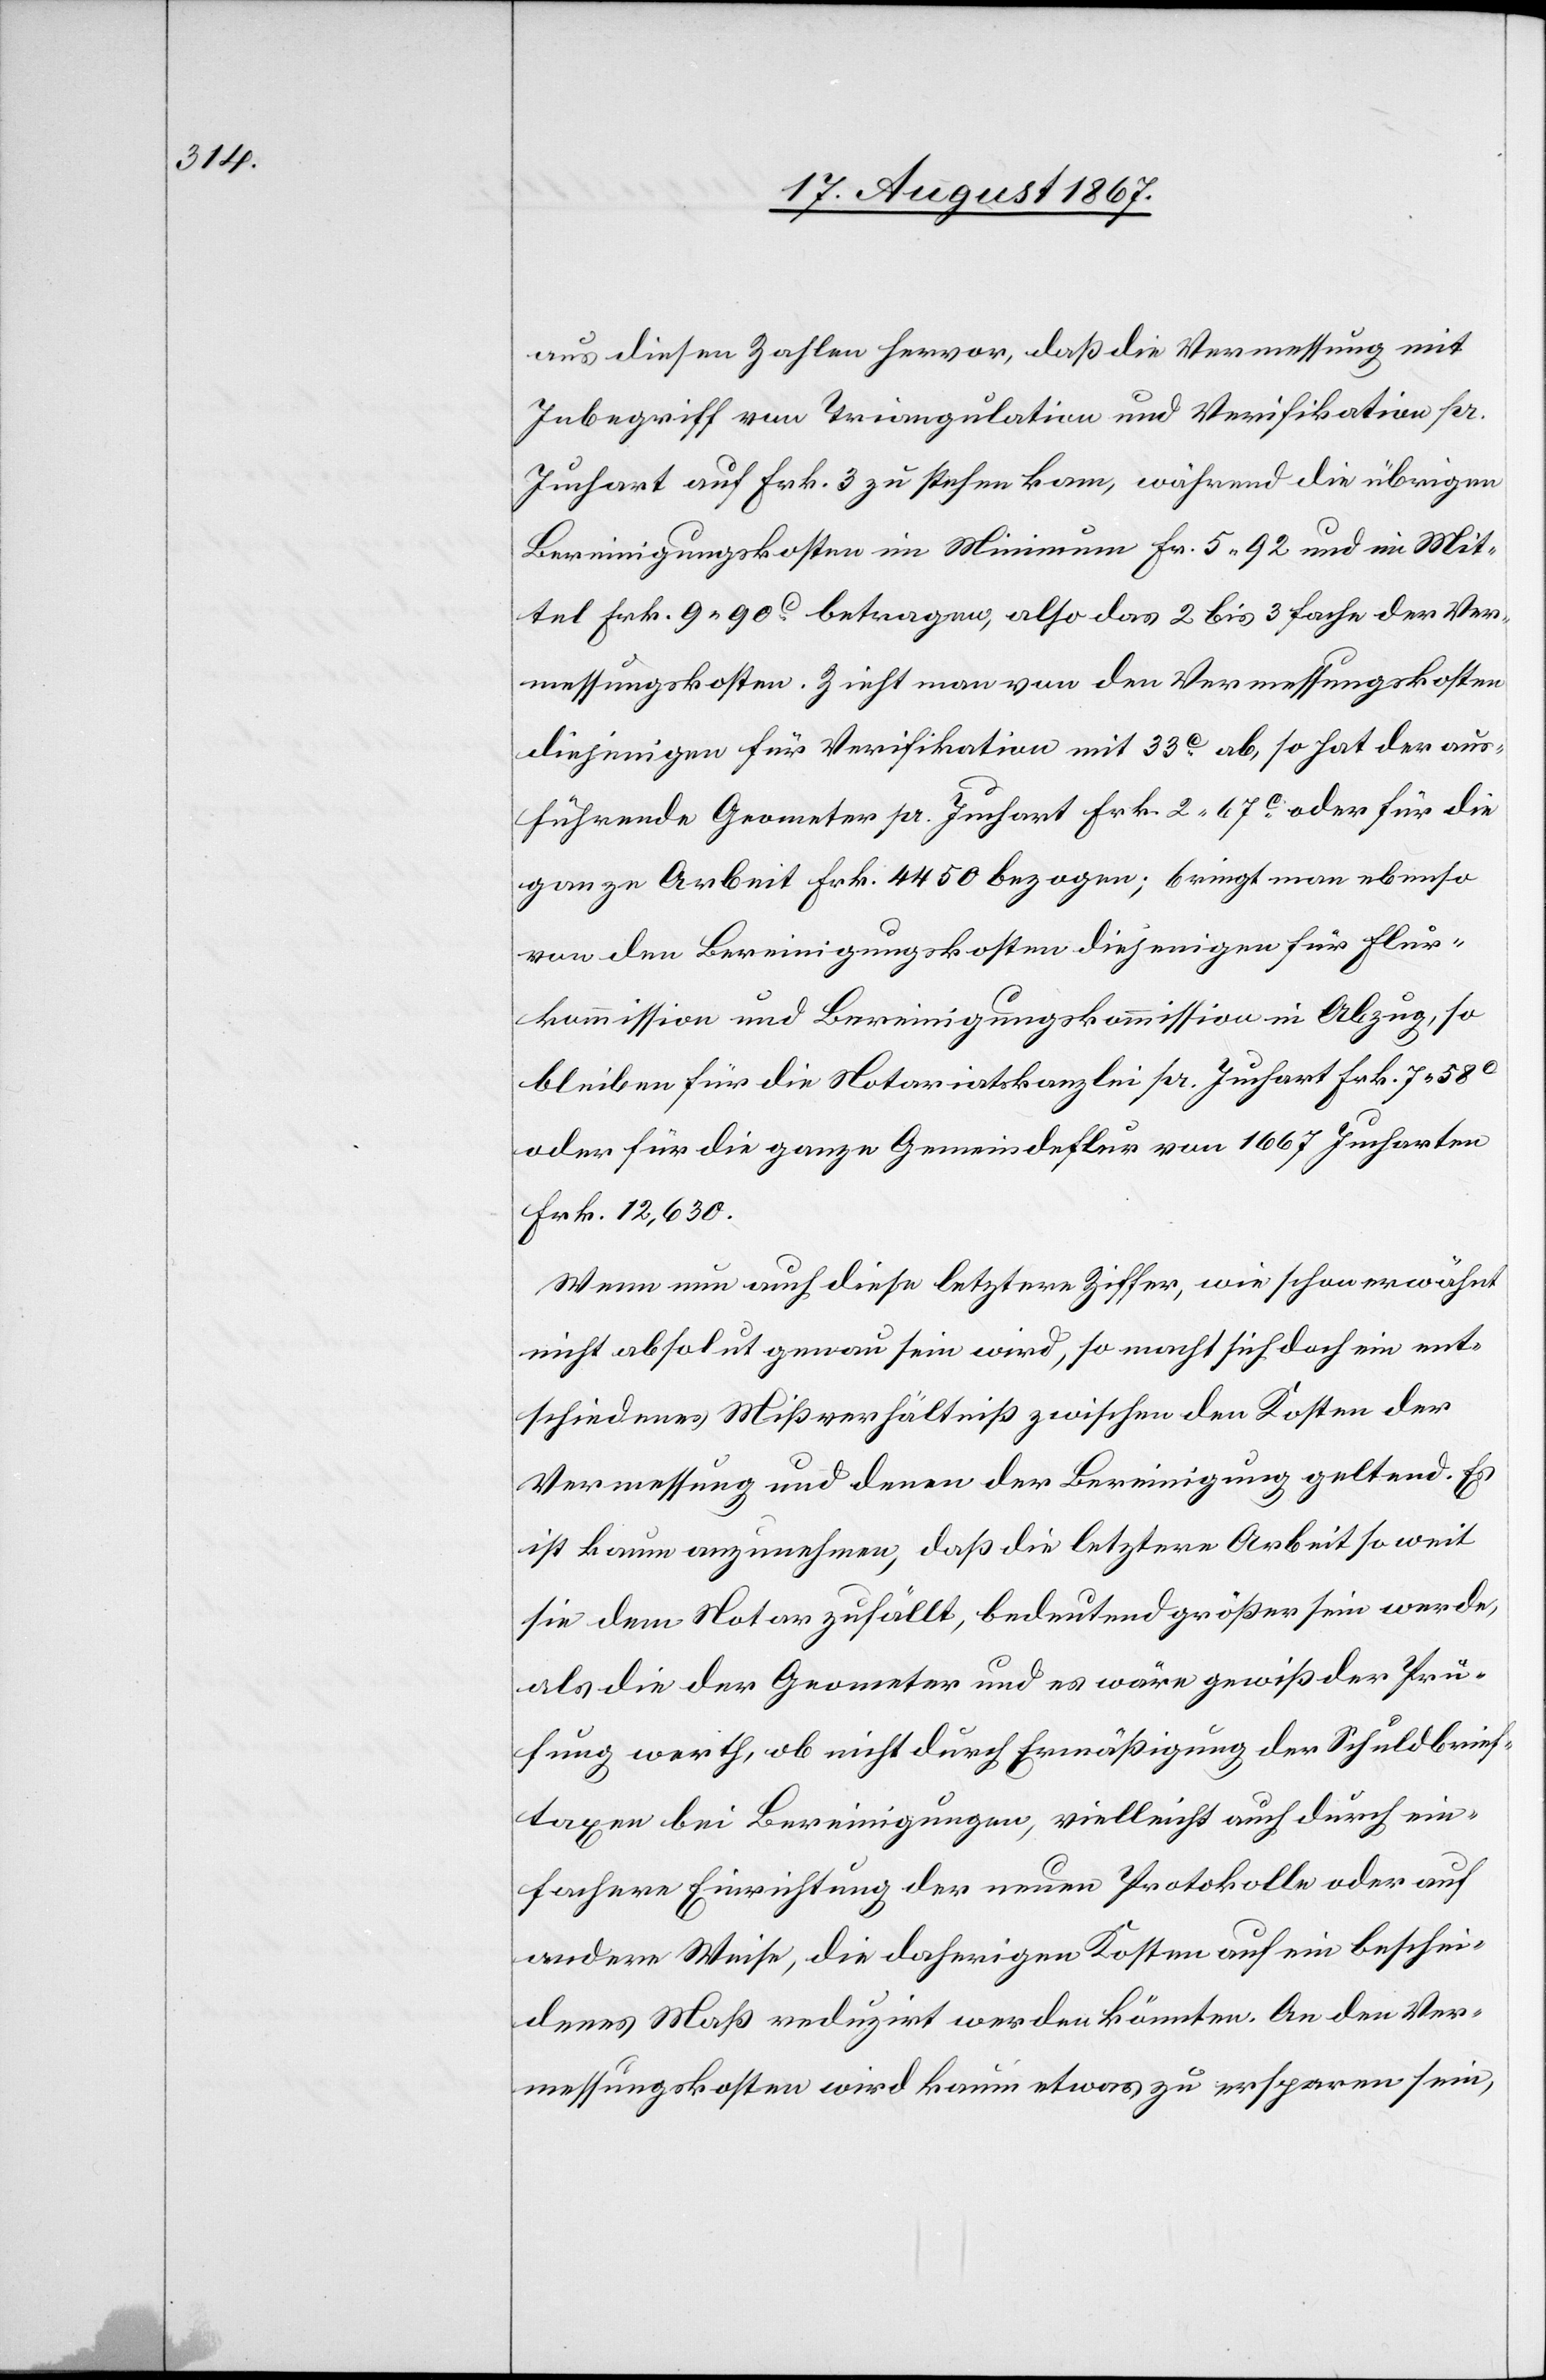
aus diesen Zahlen hervor, daß die Vermessung mit
Inbegriff von Triangulation und Verifikation pr.
Juchart auf Frk. 3 zu stehen kam, während die übrigen
Bereinigungskosten im Minimum Fr. 5.92 und im Mit¬
tel Frk. 9.90 betragen, also das 2 bis 3 fache der Ver¬
messungskosten. Zieht man von den Vermessungskosten
diejenigen für Verifikation mit 33 c. ab, so hat der aus¬
führende Geometer pr. Juchart Frk. 2.67 c. oder für die
ganze Arbeit Frk. 4450 bezogen; bringt man ebenso
von den Bereinigungskosten diejenigen für Flur¬
kommission und Bereinigungskommisson in Abzug, so
bleiben für die Notariatskanzlei pr. Juchart Frk. 7.58 c
oder für die ganze Gemeindeflur von 1667 Jucharten
Frk. 12 630.
Wenn nun auch diese letztere Ziffer, wie schon erwähnt
nicht absolut genau sein wird, so macht sich doch ein ent¬
schiedenes Mißverhältniß zwischen den Kosten der
Vermessung und denen der Bereinigung geltend. Es
ist kaum anzunehmen, daß die letztere Arbeit so weit
sie dem Notar zufällt, bedeutend größer sein werde,
als die der Geometer und es wäre gewiß der Prü¬
fung werth, ob nicht durch Ermäßigung der Schuldbrief¬
taxen bei Bereinigungen, vielleicht auch durch ein¬
fachere Einrichtung der neuen Protokolle oder auf
andere Weise, die daherigen Kosten auf ein beschei¬
denes Maß reduzirt werden könnten. An den Ver¬
messungskosten wird kaum etwas zu ersparen sein,